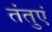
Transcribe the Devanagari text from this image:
तंतुएं